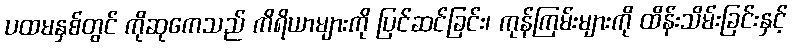
ပထမနှစ်တွင် ကိုဆုကေသည် ကိရိယာများကို ပြင်ဆင်ခြင်း၊ ကုန်ကြမ်းများကို ထိန်းသိမ်းခြင်းနှင့်